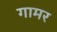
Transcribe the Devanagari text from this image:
गामर